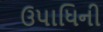
ઉપાધિની